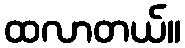
ထလာတယ်။